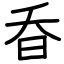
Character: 昋